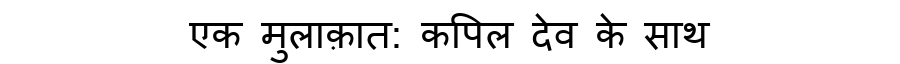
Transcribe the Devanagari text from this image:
एक मुलाक़ात: कपिल देव के साथ